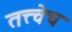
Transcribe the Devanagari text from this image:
तत्त्वेच